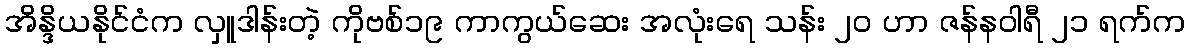
အိန္ဒိယနိုင်ငံက လှူဒါန်းတဲ့ ကိုဗစ်၁၉ ကာကွယ်ဆေး အလုံးရေ သန်း ၂၀ ဟာ ဇန်နဝါရီ ၂၁ ရက်က